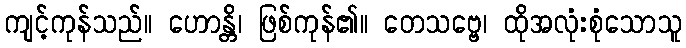
ကျင့်ကုန်သည်။ ဟောန္တိ၊ ဖြစ်ကုန်၏။ တေသဗ္ဗေ၊ ထိုအလုံးစုံသောသူ